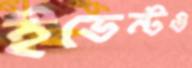
ইভেন্টও